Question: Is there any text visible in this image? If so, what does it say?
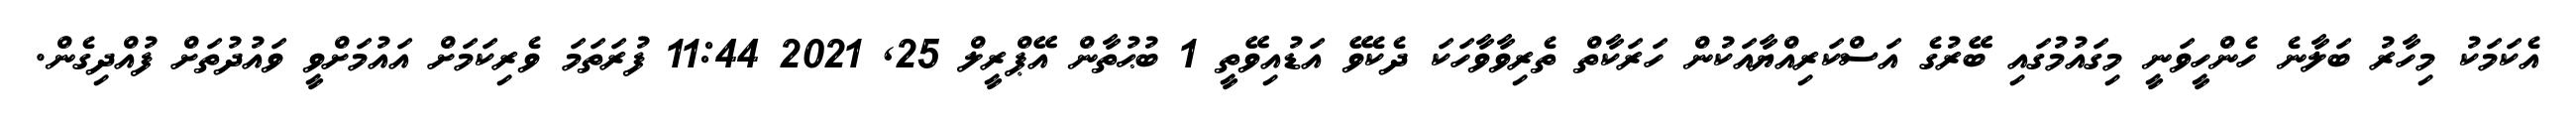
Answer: އެކަމަކު މިހާރު ބަލާނެ ހެންހީވަނީ މިގައުމުގައި ބޭރުގެ އަސްކަރިއްޔާއަކުން ހަރަކާތް ތެރިވާވާހަކަ ދެކެވޭ އަޑުއިވޭތީ 1 ބުޙުތާން އޭޕްރީލް 25, 2021 11:44 ފުރަތަމަ ވެރިކަމަށް އައުމަށްވީ ވައުދުތަށް ފުއްދިގެން.